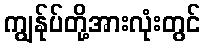
ကျွန်ုပ်တို့အားလုံးတွင်